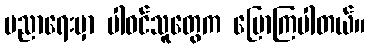
ပညာရေးမှာ ပါဝင်သူတွေက ပြောကြပါတယ်။